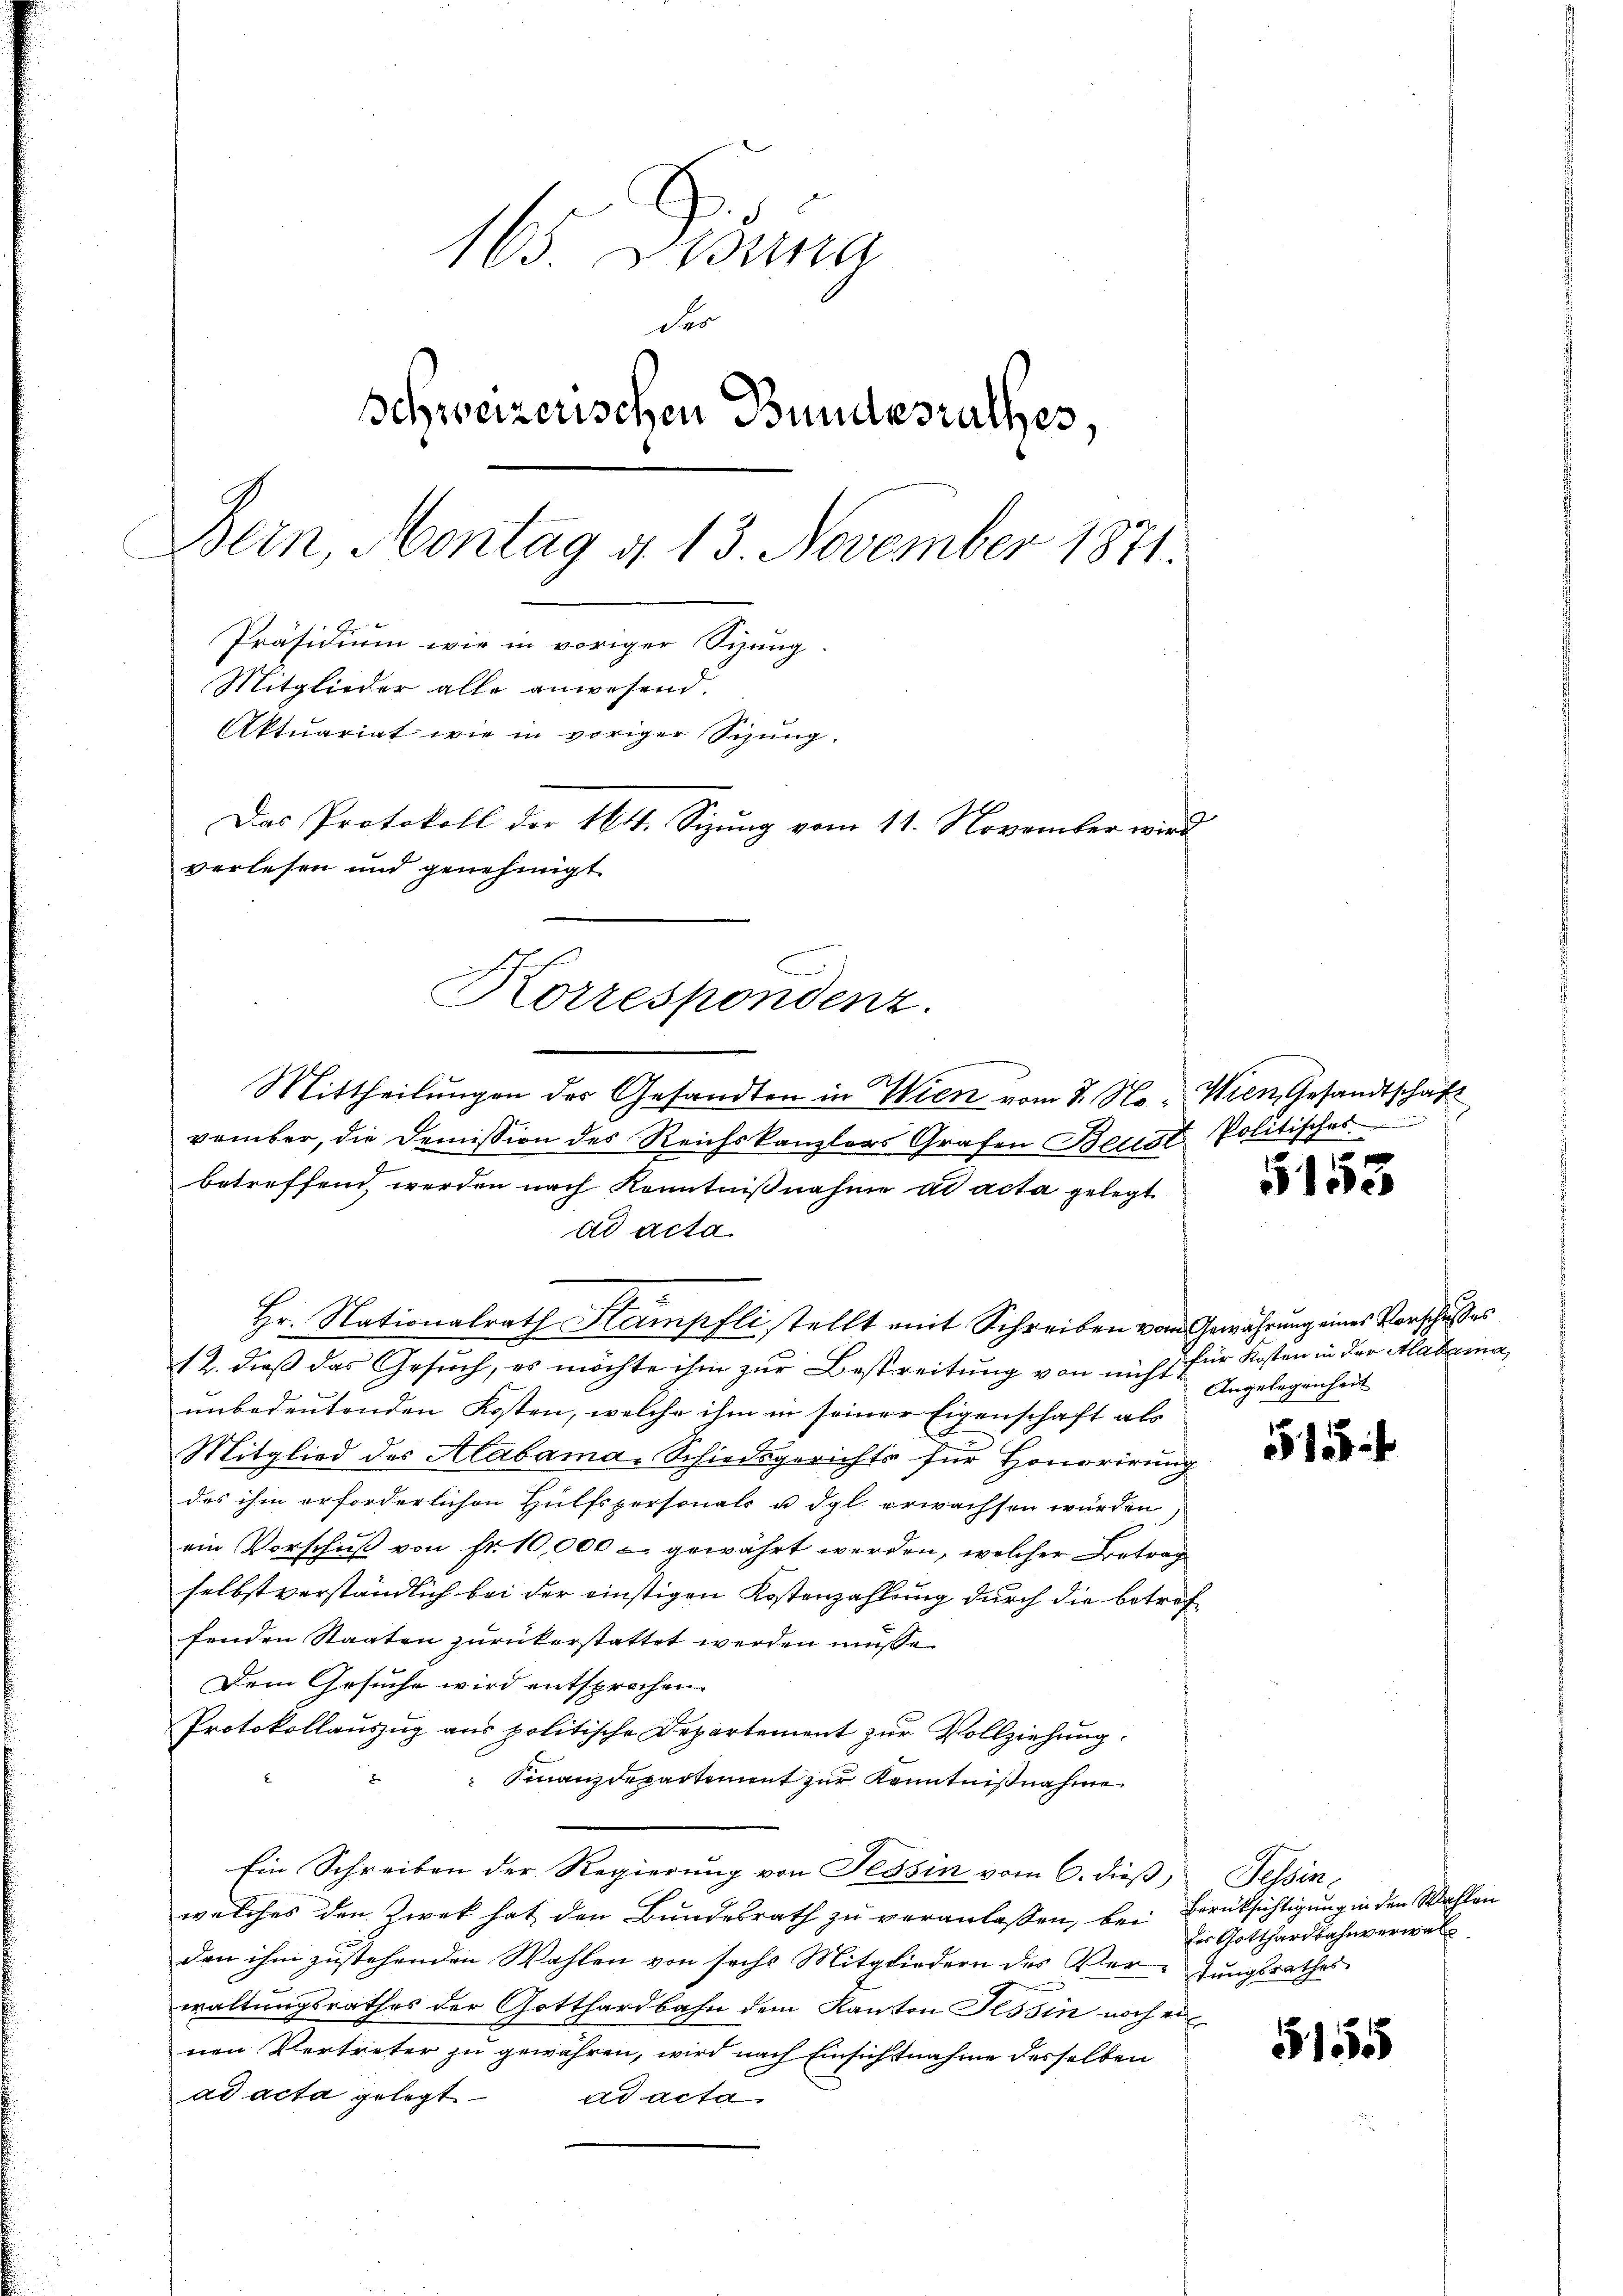
165. Disung
des
Schweizerischen Bundesrathes,
Bern, Montag d. 13. November 1871.
Präsidium wie in voriger Sizung.
Mitglieder alle anwesend.
Aktuariat wie in voriger Sizung.
Das Protokoll der 164. Sizung vom 11. November wird
verlesen und genehmigt

Korrespondenz.

Mittheilungen des Gesandten in Wien vom 8. November, die Demission des Reichskanzlers Grafen Bestat. Politisches
betreffend werden nach Kenntnißnahme ad acta gelegt
ad acta.
Hr. Nationalrath Stampfli stellt mit Schreiben vom Gewährung eines Vorschusses
12. dieß das Gesuch, es möchte ihm zur Bestreitung von nicht
unbedeutenden Kosten, welche ihm in seiner Eigenschaft als
Mitglied des Alabama-Schiedsgerichts für Honorirung
des ihm erforderlichen Hülfspersonals u. dgl. erwachsen würden
ein Vorschuß von Fr. 10,000 - gewährt werden, welcher Betrag
selbstverständlich bei der einstigen Kostenzahlung durch die betreffenden Staaten zurückerstattet werden müsse.
Dem Gesuche wird entsprochen
Protokollauszug aus politische Departement zur Vollziehung.
Finanzdepartement zur Kenntnißnahme
Ein Schreiben der Regierung von Tessin vom 6. dieß, Tessin,
welches den Zwek hat den Bundesrath zu veranlassen, bei Errücksichtigung in den Wahlen
den ihm zustehenden Wahlen von sechs Mitgliedern des Ver- Jungsrathes
waltungsrathes der Gotthardbahn dem Kanton Tessin noch einen Vertreter zu gewähren, wird nach Einsichtnahme desselben
ad acta gelegt
ad acta

Wien, Gesandtschaft

5153

für Kosten in der Madama
Angelegenheit

515:

des Gotthardbahnverwal

5155